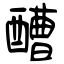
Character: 醩